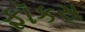
ફૉકસ